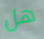
هل